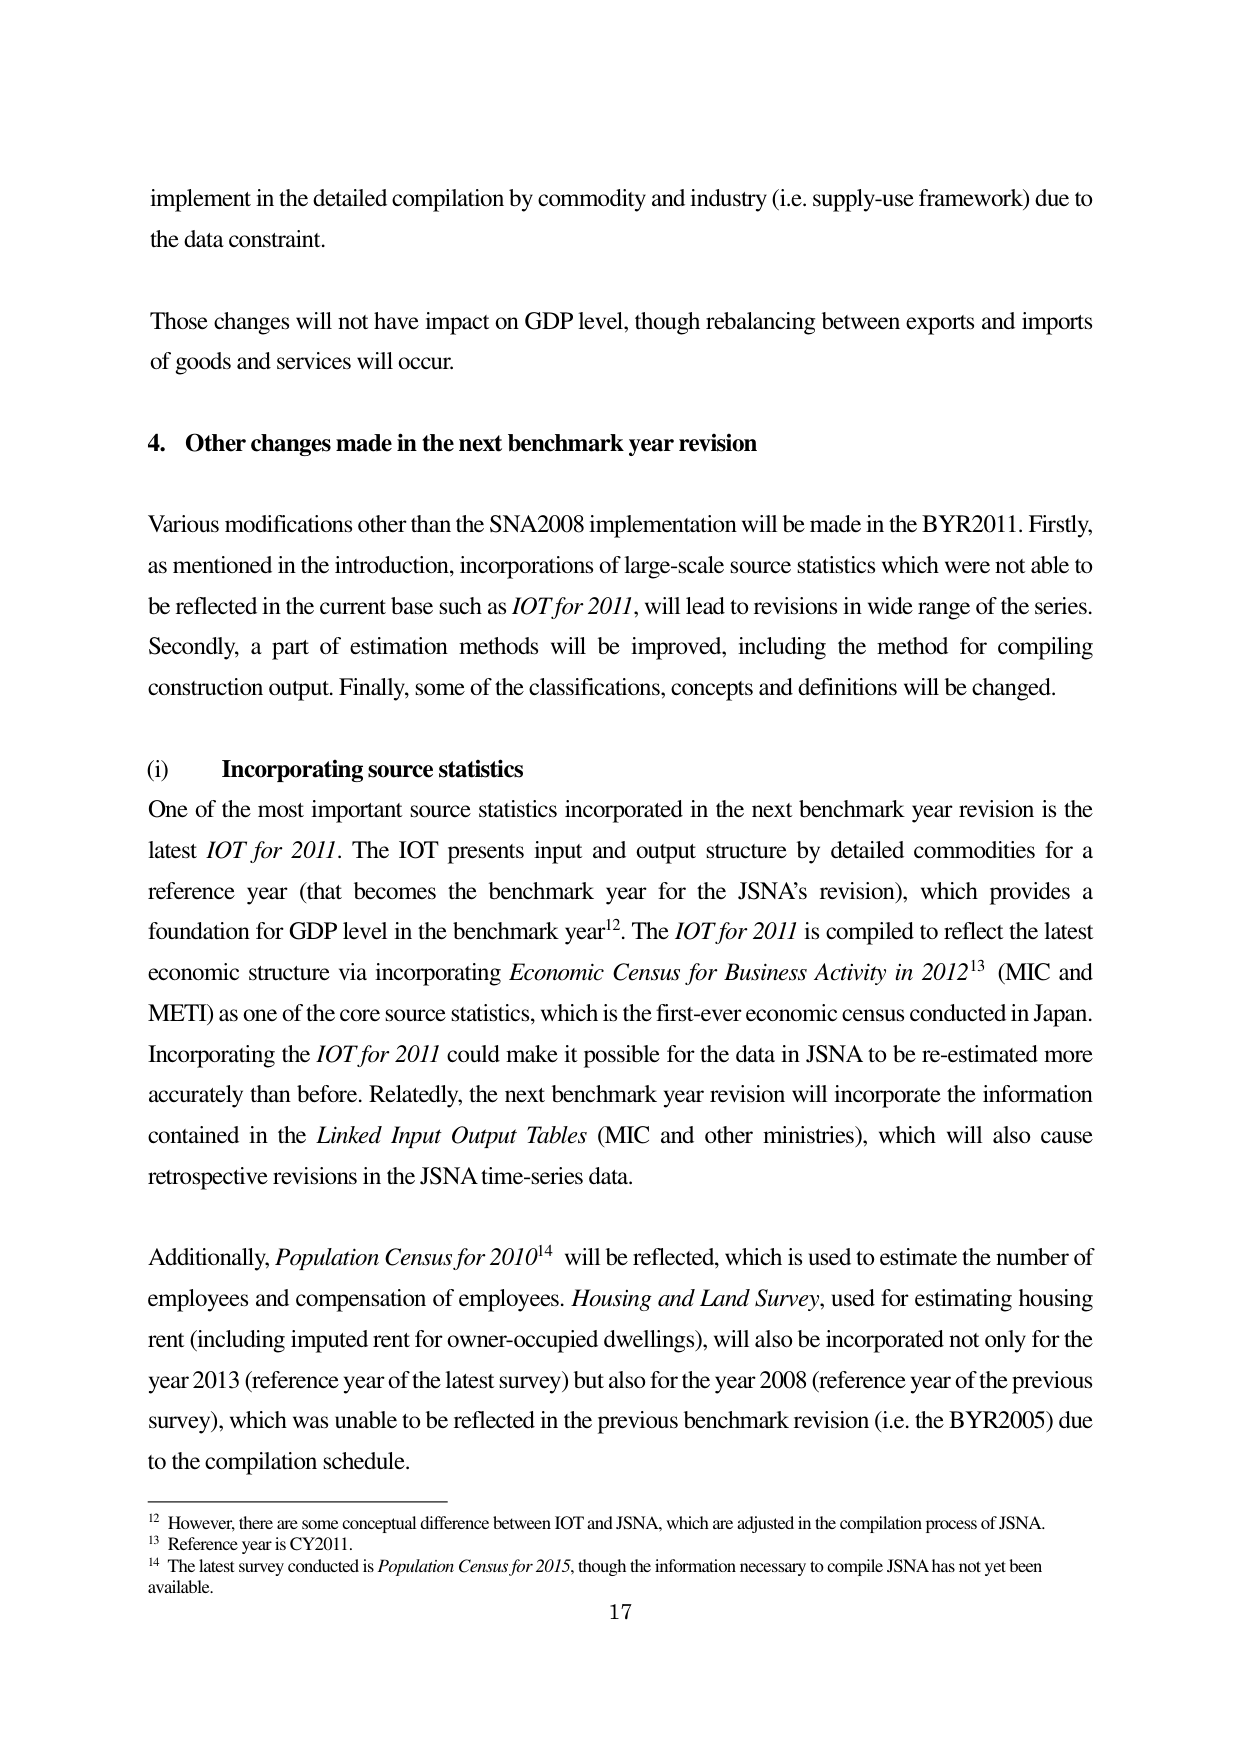
implement in the detailed compilation by commodity and industry (i.e. supply-use framework) due to the data constraint.

Those changes will not have impact on GDP level, though rebalancing between exports and imports of goods and services will occur.

4. Other changes made in the next benchmark year revision

Various modifications other than the SNA2008 implementation will be made in the BYR2011. Firstly, as mentioned in the introduction, incorporations of large-scale source statistics which were not able to be reflected in the current base such as IOT for 2011, will lead to revisions in wide range of the series. Secondly, a part of estimation methods will be improved, including the method for compiling construction output. Finally, some of the classifications, concepts and definitions will be changed.

(i) Incorporating source statistics

One of the most important source statistics incorporated in the next benchmark year revision is the latest IOT for 2011. The IOT presents input and output structure by detailed commodities for a reference year (that becomes the benchmark year for the JSNA’s revision), which provides a foundation for GDP level in the benchmark year¹². The IOT for 2011 is compiled to reflect the latest economic structure via incorporating Economic Census for Business Activity in 2012¹³ (MIC and METI) as one of the core source statistics, which is the first-ever economic census conducted in Japan. Incorporating the IOT for 2011 could make it possible for the data in JSNA to be re-estimated more accurately than before. Relatedly, the next benchmark year revision will incorporate the information contained in the Linked Input Output Tables (MIC and other ministries), which will also cause retrospective revisions in the JSNA time-series data.

Additionally, Population Census for 2010¹⁴ will be reflected, which is used to estimate the number of employees and compensation of employees. Housing and Land Survey, used for estimating housing rent (including imputed rent for owner-occupied dwellings), will also be incorporated not only for the year 2013 (reference year of the latest survey) but also for the year 2008 (reference year of the previous survey), which was unable to be reflected in the previous benchmark revision (i.e. the BYR2005) due to the compilation schedule.

¹² However, there are some conceptual difference between IOT and JSNA, which are adjusted in the compilation process of JSNA.
¹³ Reference year is CY2011.
¹⁴ The latest survey conducted is Population Census for 2015, though the information necessary to compile JSNA has not yet been available.

17